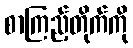
စာကြည့်တိုက်ကို